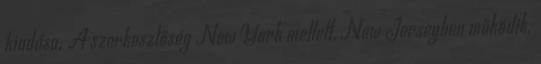
kiadása. A szerkesztőség New York mellett, New Jerseyben működik.